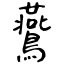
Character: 鷰